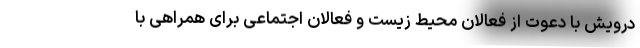
درویش با دعوت از فعالان محیط زیست و فعالان اجتماعی برای همراهی با